Indian journal of veterinary science and animal husbandry - Volumes 18-21, 1948-1951
Year: 1948
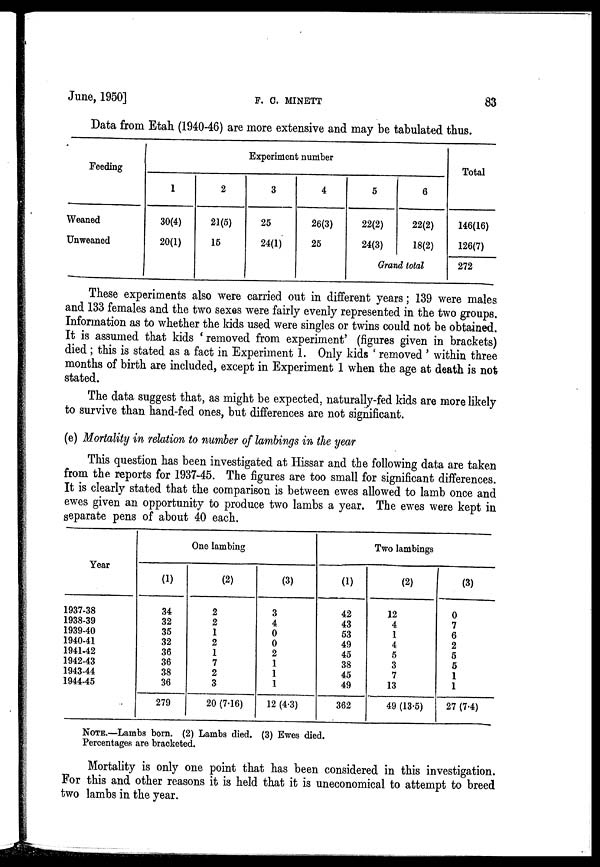
June, 1950]
F.
C.
MINETT
83
Data from Etah (1940-46) are more extensive and may be tabulated thus.
Feeding
Weaned
Unweaned
Experiment number
1
30(4)
20(1)
2
21(5)
15
3
25
24(1)
4
26(3)
25
5
22(2)
24(3)
6
22(2)
18(2)
Grand total
Total
146(16)
126(7)
272
These experiments also were carried out in different years; 139 were males
and 133 females and the two sexes were fairly evenly represented in the two groups.
Information as to whether the kids used were singles or twins could not be obtained.
It is assumed that kids 'removed from experiment' (figures given in brackets)
died ; this is stated as a fact in Experiment 1. Only kids ' removed ' within three
months of birth are included, except in Experiment 1 when the age at death is not
stated.
The data suggest that, as might be expected, naturally-fed kids are more likely
to survive than hand-fed ones, but differences are not significant.
(e) Mortality in relation to number of lambings in the year
This question has been investigated at Hissar and the following data are taken
from the reports for 1937-45. The figures are too small for significant differences.
It is clearly stated that the comparison is between ewes allowed to lamb once and
ewes given an opportunity to produce two lambs a year. The ewes were kept in
separate pens of about 40 each.
Year
1937-38
1938-39
1939-40
1940-41
1941-42
1942-43
1943-44
1944-45
One lambing
(1)
34
32
35
32
36
36
38
36
279
(2)
2
2
1
2
1
7
2
3
20 (7.16)
(3)
3
4
0
0
2
1
1
1
12 (4.3)
Two lambings
(1)
42
43
53
49
45
38
45
49
362
(2)
12
4
1
4
5
3
7
13
49 (13.5)
(3)
0
7
6
2
5
5
1
1
27 (7.4)
NOTE.—Lambs born. (2) Lambs died. (3) Ewes died.
Percentages are bracketed.
Mortality is only one point that has been considered in this investigation.
For this and other reasons it is held that it is uneconomical to attempt to breed
two lambs in the year.